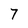
Character: 7